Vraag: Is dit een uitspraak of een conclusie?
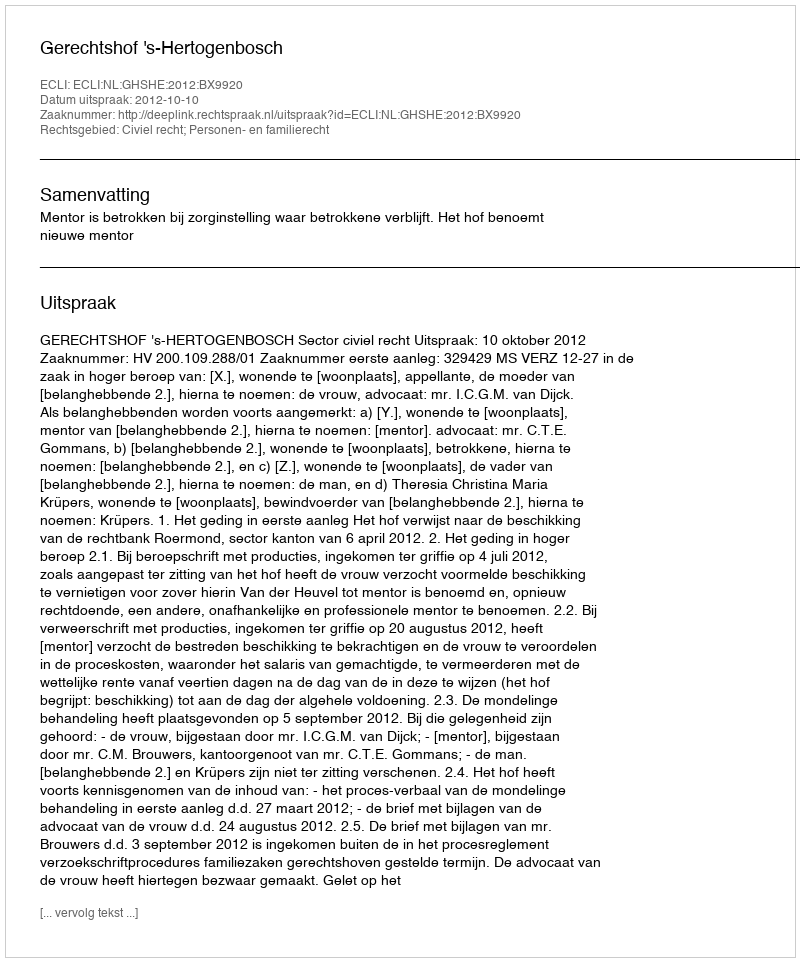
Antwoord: Uitspraak